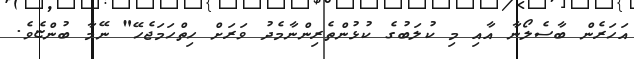
އަހަރެން ބާސެލޯނާ އާއި މި ކުލަބުގެ ކުޅުންތެރިންނާމެދު ވަރަށް ހިތްހަމަޖެހޭ" ނޭމާ ބުންޏެވެ.